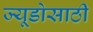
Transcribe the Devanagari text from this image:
ज्यूडोसाठी